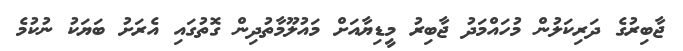
ޖާބިރުގެ ދަރިކަލުން މުހައްމަދު ޖާބިރު މީޑިޔާއަށް މައުލޫމާތުދިން ގޮތުގައި އެރަށު ބަޔަކު ނުކުމެ